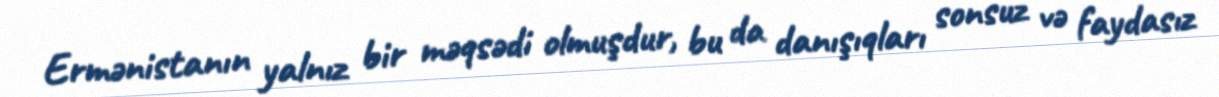
Ermənistanın yalnız bir məqsədi olmuşdur, bu da danışıqları sonsuz və faydasız